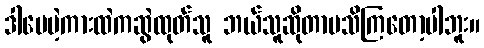
ဒါပေမဲ့ကားထဲကဆွဲထုတ်သူ ဘယ်သူဆိုတာမသိကြတော့ပါဘူး။